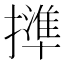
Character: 𢶥